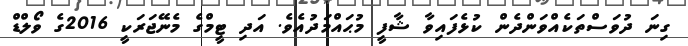
ގިނަ ދުވަސްތަކެއްވަންދެން ކުޅެފައިވާ ޝާފީ މުޙައްމަދުއެވެ. އަދި ޓީމްގެ މެނޭޖަރަކީ 2016ގެ ވޯލްޑް